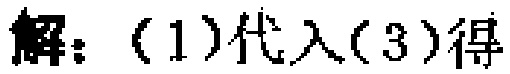
已知 \(x + y>0\)，\(x\neq y\)，\(n\)为大于 \(1\)的自然数，求证：

\(\frac{x^{n}+y^{n}}{2}>\left(\frac{x + y}{2}\right)^{n}\)。